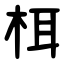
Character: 栮